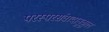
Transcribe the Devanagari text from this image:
परस्परसंवादानुकूल